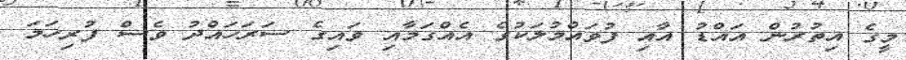
މީގެ އިތުރުން އައްޑު އާއި ފުވައްމުލަކުގެ އެއްގަމާއި ވައިގެ ސަރަހައްދު ވެސް ފުރިހަމަ